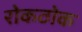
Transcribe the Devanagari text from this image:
रोकठोक